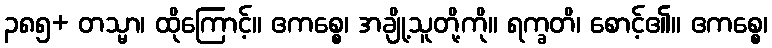
၃၈၅+ တသ္မာ၊ ထိုကြောင့်။ ဧကစ္စေ၊ အချို့သူတို့ကို။ ရက္ခတိ၊ စောင့်၏။ ဧကစ္စေ၊